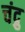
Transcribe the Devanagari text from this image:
चंद्रु